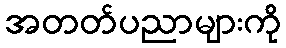
အတတ်ပညာများကို